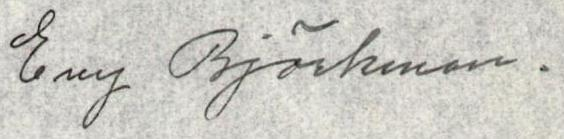
Evy Björkman.